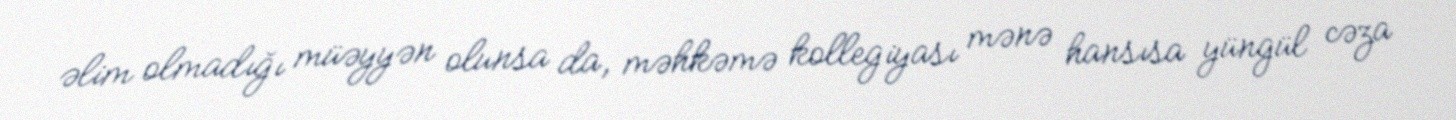
əlim olmadığı müəyyən olunsa da, məhkəmə kollegiyası mənə hansısa yüngül cəza